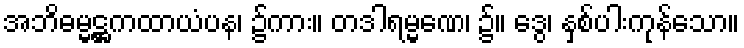
အဘိဓမ္မဋ္ဌကထာယံပန၊ ၌ကား။ တဒါရမ္မဏေ၊ ၌။ ဒွေ၊ နှစ်ပါးကုန်သော။